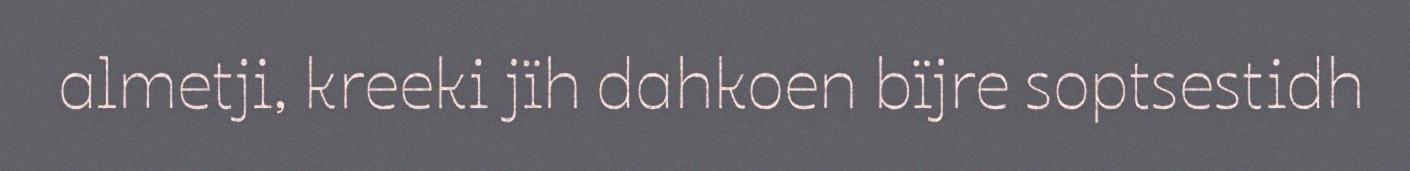
almetji, kreeki jïh dahkoen bïjre soptsestidh